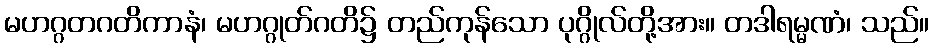
မဟဂ္ဂတဂတိကာနံ၊ မဟဂ္ဂုတ်ဂတိ၌ တည်ကုန်သော ပုဂ္ဂိုလ်တို့အား။ တဒါရမ္မဏံ၊ သည်။